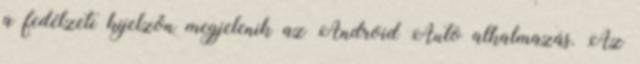
a fedélzeti kijelzőn megjelenik az Android Auto alkalmazás. Az